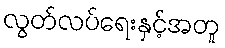
လွတ်လပ်ရေးနှင့်အတူ